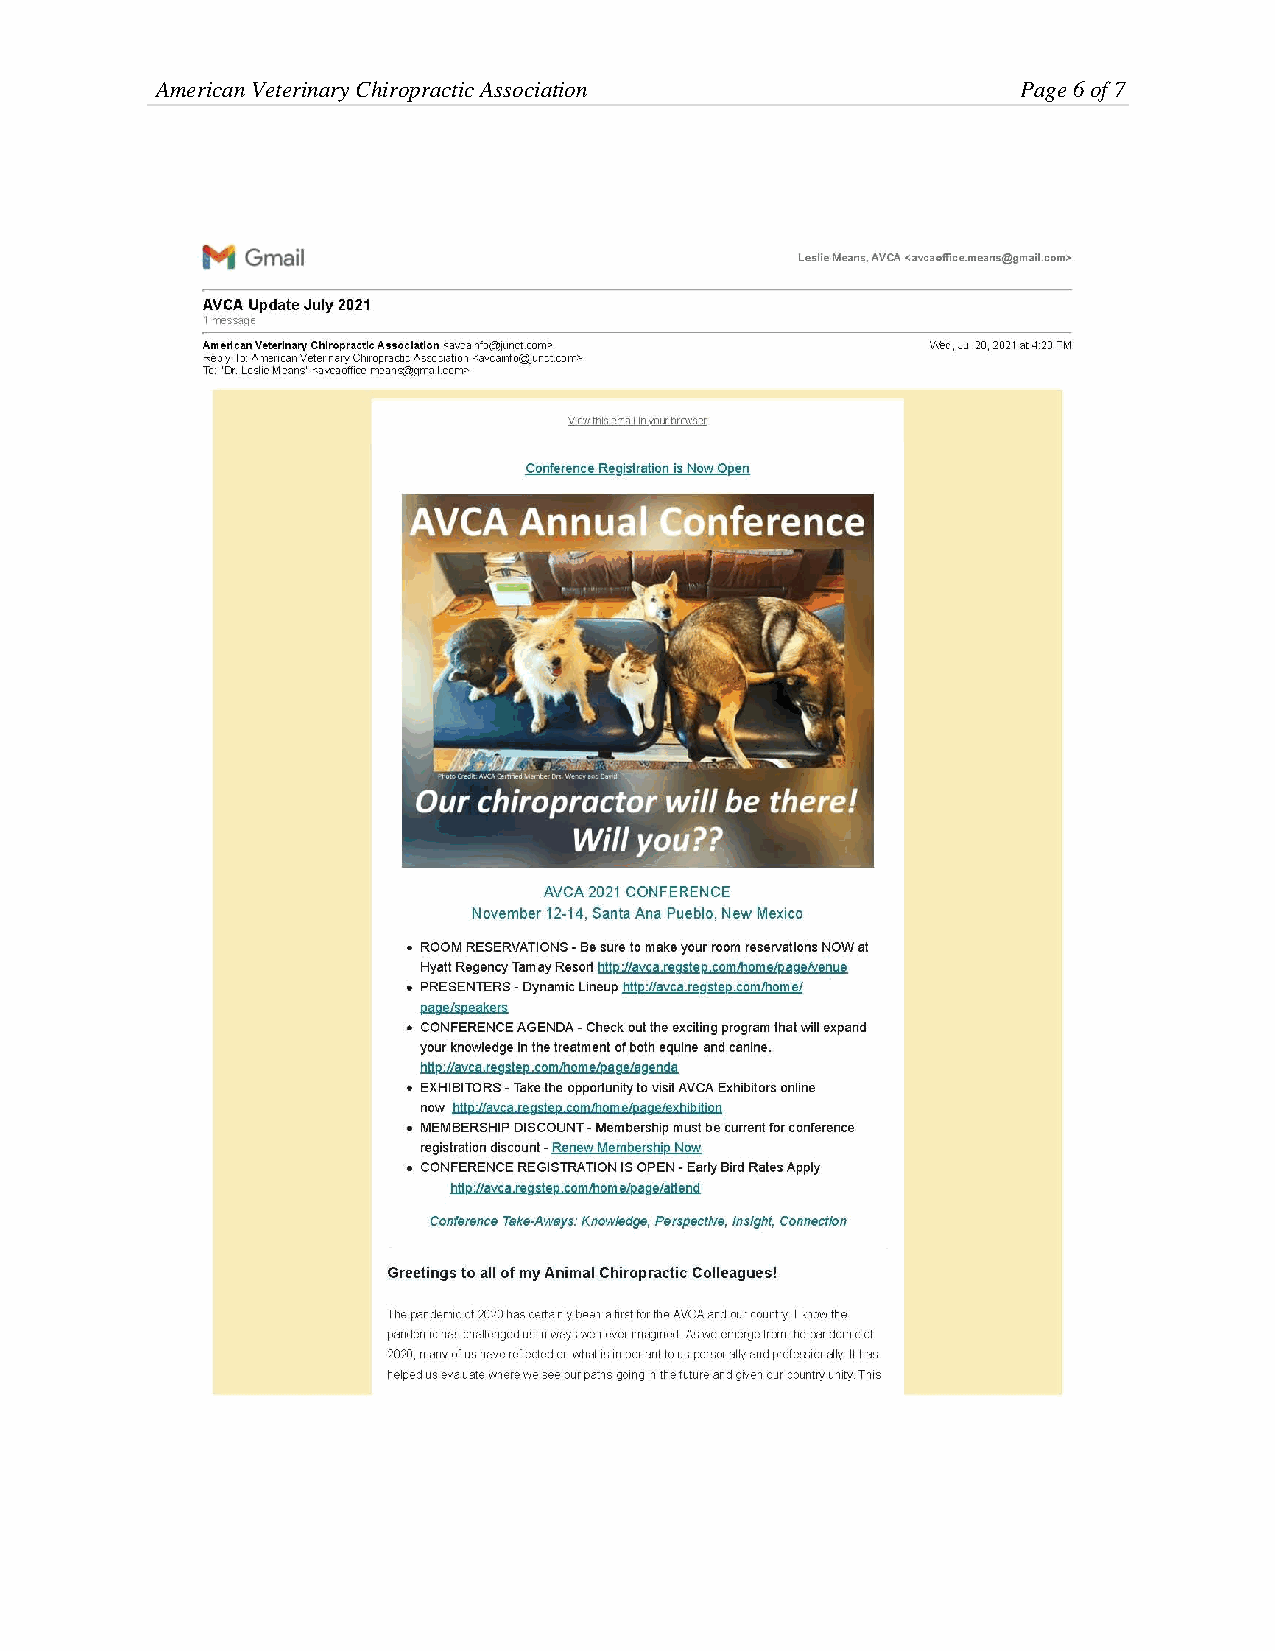
American Veterinary Chiropractic Association              Page 6 of 7